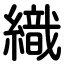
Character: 織